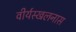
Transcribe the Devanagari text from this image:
वीर्यस्खलनास